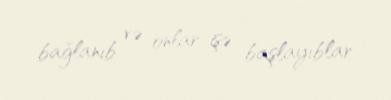
bağlanıb və onlar işə başlayıblar.